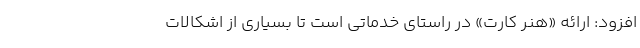
افزود: ارائه «هنر کارت» در راستای خدماتی است تا بسیاری از اشکالات